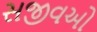
સજીવઓ